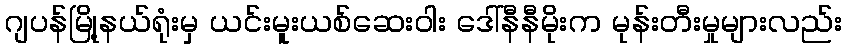
ဂျပန်မြို့နယ်ရုံးမှ ယင်းမူးယစ်ဆေးဝါး ဒေါ်နီနီမိုးက မုန်းတီးမှုများလည်း